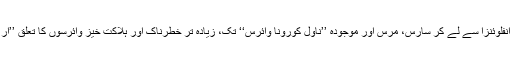
واضح رہے کہ ہیپاٹائٹس سی، پولیو اور انفلوئنزا سے لے کر سارس، مرس اور موجودہ ’’ناول کورونا وائرس‘‘ تک، زیادہ تر خطرناک اور ہلاکت خیز وائرسوں کا تعلق ’’آر این اے وائرس‘‘ ہی کے قبیلے سے ہے۔